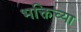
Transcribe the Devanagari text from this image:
भक्तिच्या